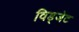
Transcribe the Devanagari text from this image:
विड्जेट